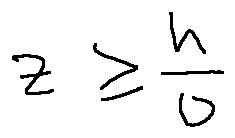
z \geq \frac { h } { 0 }